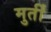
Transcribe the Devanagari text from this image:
मुर्तीं